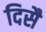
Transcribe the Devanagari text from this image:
दिसै